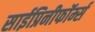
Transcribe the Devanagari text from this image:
साईप्रिनीफॉर्म्स